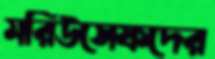
মরিউসেফদের